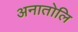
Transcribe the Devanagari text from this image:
अनातोलि